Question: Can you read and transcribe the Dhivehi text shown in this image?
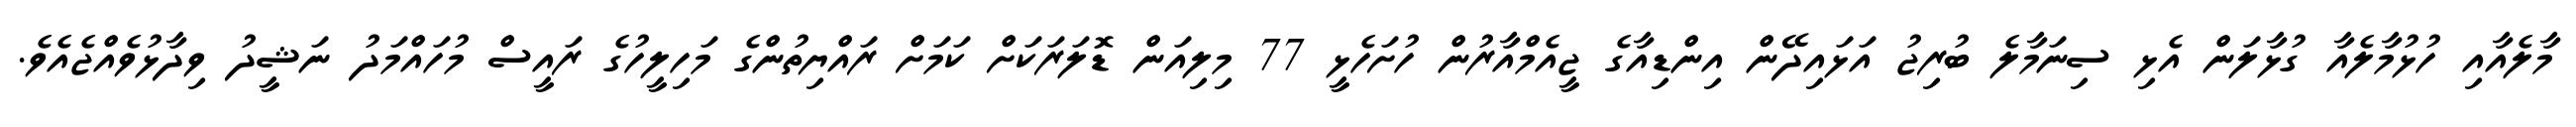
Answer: މާލެއާއި ހުޅުމާލެއާ ގުޅާލަން އެޅި ސިނަމާލެ ބުރިޖު އަޅައިދޭން އިންޑިއާގެ ޖީއެމްއާރުން ހުށަހެޅީ 77 މިލިއަން ޑޮލަރަކަށް ކަމަށް ރައްޔިތުންގެ މަހިލީހުގެ ރައީސް މުހައްމަދު ނަޝީދު ވިދާޅުވެއްޖެއެވެ.